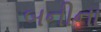
બનીના